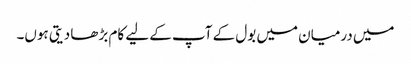
میں درمیان میں بول کے آپ کے لیے کام بڑھا دیتی ہوں۔